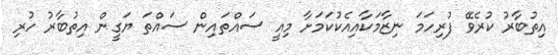
އިތުބާރު ކުރެވޭ ފުރިހަމަ ނިޒާމަކާއިއެކުކަމަށާ މިއީ ސައްތައިން ސައްތަ ޔަގީން އިތުބާރު ހުރި